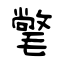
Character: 氅